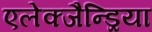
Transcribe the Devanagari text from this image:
एलेक्जैन्ड्रिया